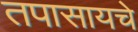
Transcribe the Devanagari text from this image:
तपासायचे